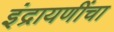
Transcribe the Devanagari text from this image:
इंद्रायणींचा